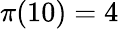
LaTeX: \pi(10)=4